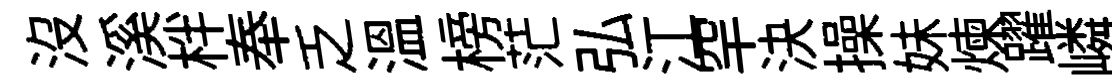
沒溪柈奉乏溫榜茫弘江罕決操妹煉躍嶙